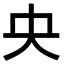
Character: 央